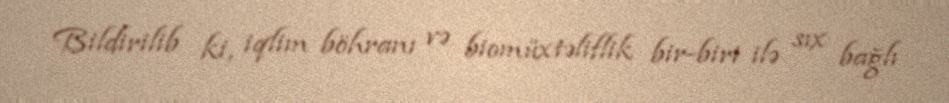
Bildirilib ki, iqlim böhranı və biomüxtəliflik bir-biri ilə sıx bağlı